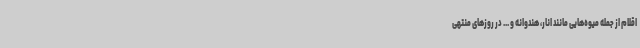
اقلام از جمله میوه‌هایی مانند انار، هندوانه و ... در روزهای منتهی